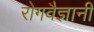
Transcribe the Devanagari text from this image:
रोगवैज्ञानी